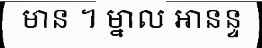
មាន ។ ម្នាល អានន្ទ